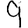
Digit: 9